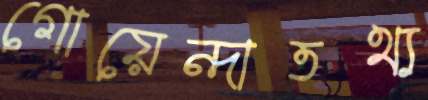
গোয়েন্দাতথ্য